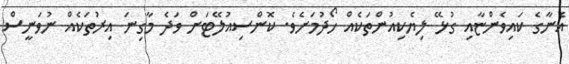
އެނާގެ ކައިވެންޏާއި ގުޅޭ ލިޔެކިއުންތަކެއް ހޯދުމަށެވެ. ކޮންސިއުލޭޓަށް ވަދެ މާގިނަ އިރުތަކެއް ނުވަނީސް